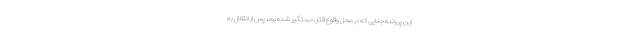
این پرونده جنایی که در محل وقوع قتل دستگیر شده بود، پس از انتقال به